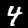
Label: 4